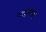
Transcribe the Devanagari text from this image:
यदगिरी